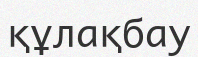
құлақбау